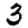
Digit: 3